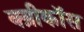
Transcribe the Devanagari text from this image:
क्य्रीकॉस